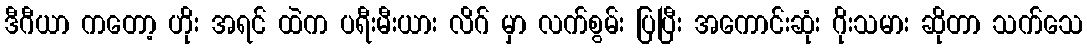
ဒီဂီယာ ကတော့ ဟိုး အရင် ထဲက ပရီးမီးယား လိဂ် မှာ လက်စွမ်း ပြပြီး အကောင်းဆုံး ဂိုးသမား ဆိုတာ သက်သေ